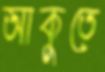
আকুতে